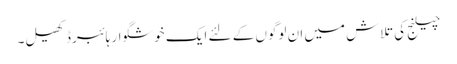
چیلنج کی تلاش میں ان لوگوں کے لئے ایک خوشگوار ہائبرڈ کھیل۔